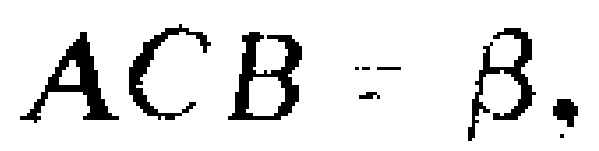
\(ACB = \beta.\)